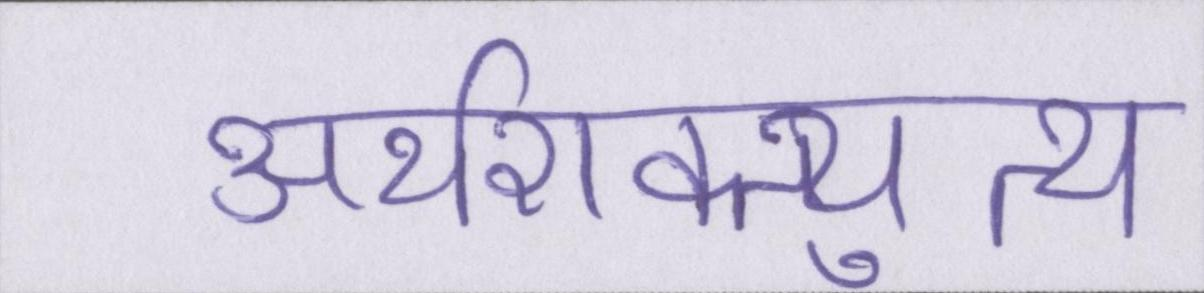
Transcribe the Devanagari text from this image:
अर्थशक्त्युत्थ